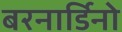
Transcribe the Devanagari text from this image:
बरनार्डिनो